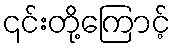
၎င်းတို့ကြောင့်